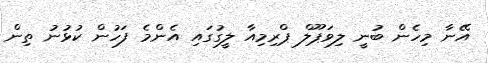
އޭނާ މިހެން ބުނީ ލިވަޕޫލް ޕްރިމިއާ ލީގުގައި އެންމެ ފަހުން ކުޅުނު ތިން